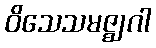
ဝိသေသမဇ္ဈဂါ